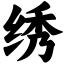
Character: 绣